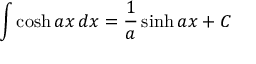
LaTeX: \int \cosh a x \, d x = { \frac { 1 } { a } } \sinh a x + C